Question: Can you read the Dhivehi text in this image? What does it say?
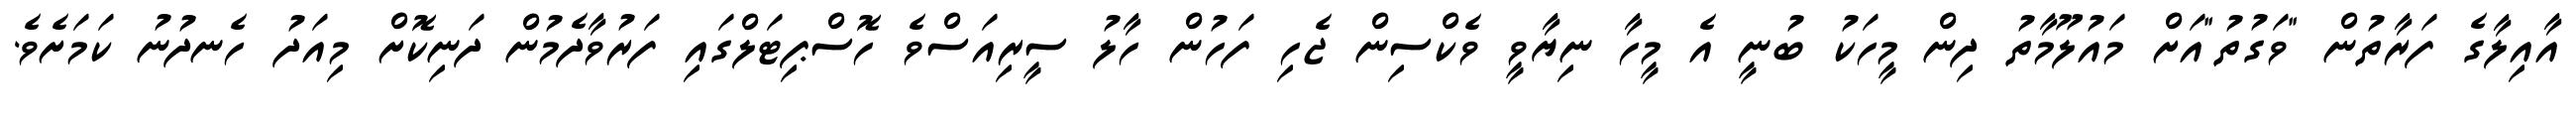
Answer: އާއިލާގެ ފަރާތުން "ވަގުތު"އަށް މައުލޫމާތު ދިން މީހަކު ބުނީ އެ މީހާ ނިޔާވީ ވެކްސިން ޖެހި ފަހުން ހާލު ސީރިއަސްވެ ހޮސްޕިޓަލްގައި ފަރުވާދެމުން ދަނިކޮށް މިއަދު ހެނދުނު ކަމަށެވެ.